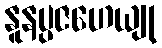
နူနပ္ပဇဟေယျု